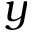
y